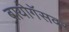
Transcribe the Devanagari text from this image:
बायोगॅसवर